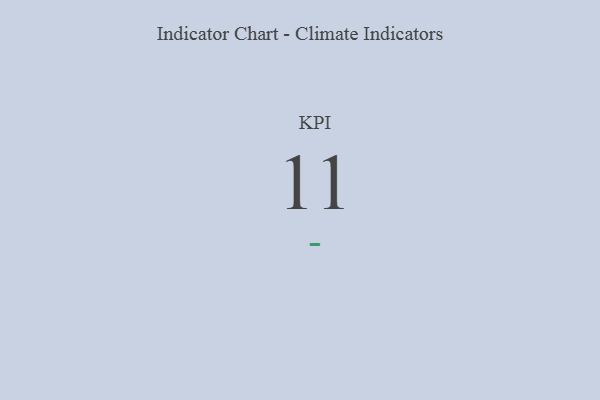
{"axis": {"x": "KPI", "y": "Value"}, "legend": [""], "data": [{"x": "KPI", "y": 11, "type": ""}]}